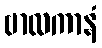
ဗာလကာနံ